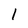
Character: 1